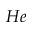
H e